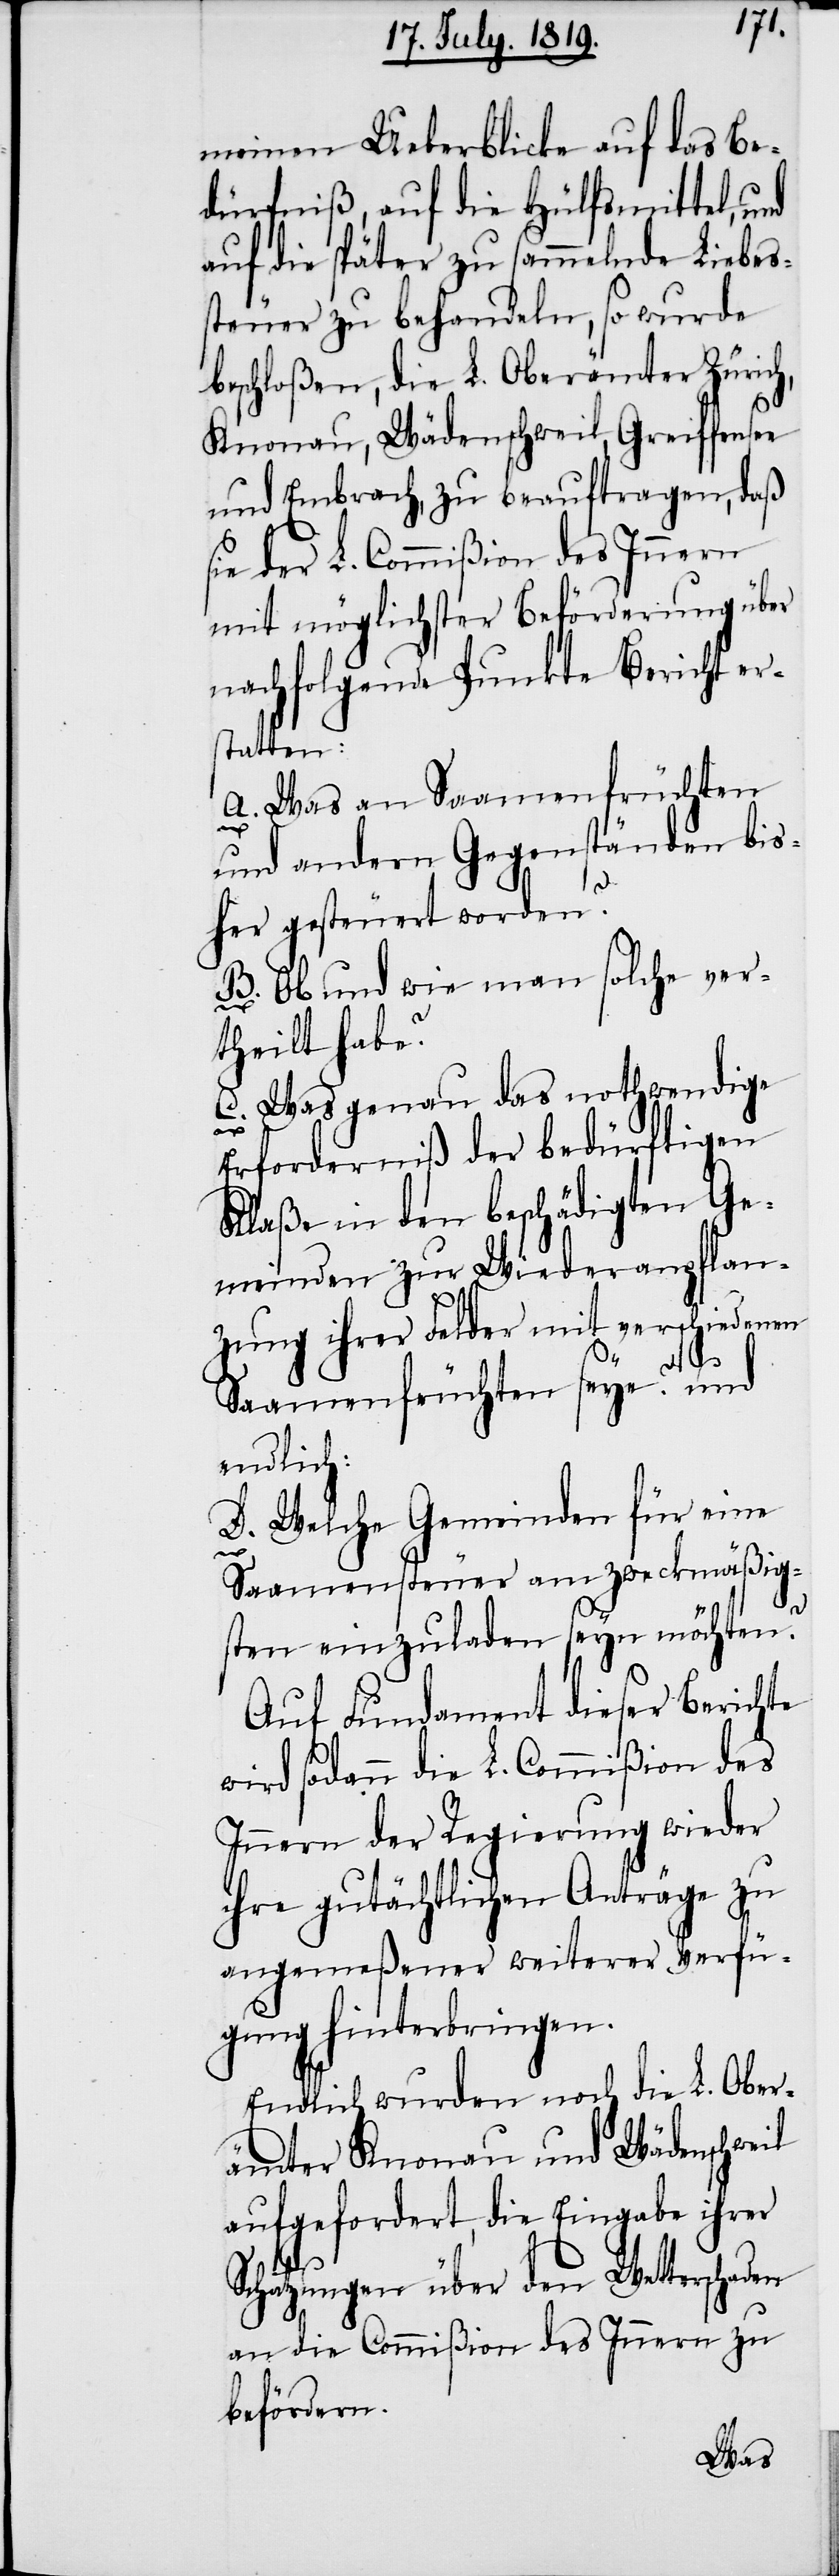
meinen Ueberblicke auf das Be¬
dürfniß, auf die Hülfsmittel, und
auf die später zu sammelnde Liebes¬
steuer zu behandeln, so wurde
beschloßen, die L. Oberämter Züric¬
Knonau, Wädenschweil, Greiffensee
und Embrach, zu beauftragen, daß
sie der L. Commißion des Innern
mit möglichster Beförderung über
nachfolgende Puncte Bericht er¬
statten:
A. Was an Saamenfrüchten
und andern Gegenständen bis¬
her gesteuert worden?
B. Ob und wie man solche ver¬
theilt habe?
Was genau das nothwendige
Erforderniß der bedürftigen
Klaße in den beschädigten Ge¬
meinden zur Wiederanpflan¬
zung ihrer Felder mit verschieden¬
Saamenfrüchten sey? und
endlich:
D. Welche Gemeinden für eine
en
Saamensteuer am zweckmäßig¬
sten einzuladen seyn möchten?
Auf Fundament dieser Berichte
wird sodann die L. Commißion des
Innern der Regierung wieder
ihre gutächtlichen Anträge zu
angemeßener weiterer Verfü¬
gung hinterbringen.
Endlich wurden noch die L. Ober¬
ämter Knonau und Wädenschweil
aufgefordert, die Eingabe ihrer
Schatzungen über den Wetterschaden
an die Commißion des Innern zu
befördern.